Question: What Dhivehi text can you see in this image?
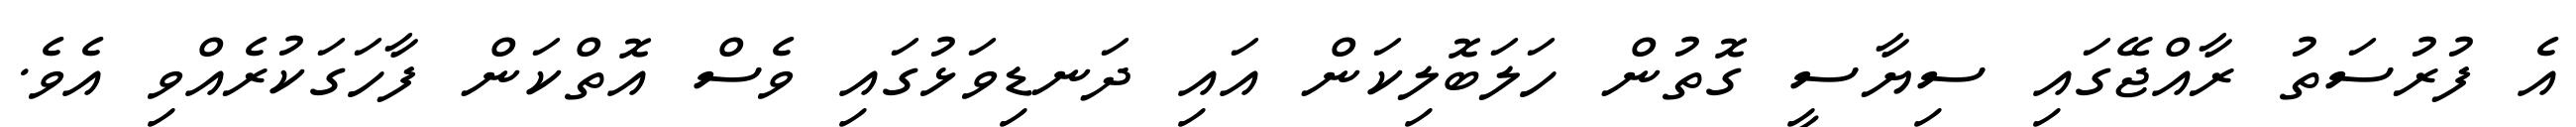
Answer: އެ ފުރުސަތު ރާއްޖޭގައި ސިޔާސީ ގޮތުން ހަލަބޮލިކަން އައި ދަނޑިވަޅުގައި ވެސް އޮތްކަން ފާހަގަކުރެއްވި އެވެ.